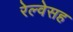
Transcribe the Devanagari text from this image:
रेल्वेसह